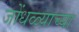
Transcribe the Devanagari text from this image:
जोंधळ्याच्या